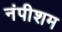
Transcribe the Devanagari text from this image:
नंपीशम